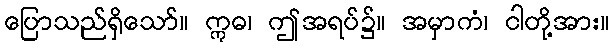
ပြောသည်ရှိသော်။ ဣဓ၊ ဤအရပ်၌။ အမှာကံ၊ ငါတို့အား။